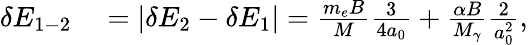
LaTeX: \begin{array}{rl}{\delta E_{1-2}}&{{}=|\delta E_{2}-\delta E_{1}|=\frac{m_{e}B}{M}\frac{3}{4a_{0}}+\frac{\alpha B}{M_{\gamma}}\frac{2}{a_{0}^{2}},}\end{array}